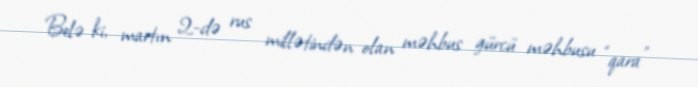
Belə ki, martın 2-də rus millətindən olan məhbus gürcü məhbusu “qara”